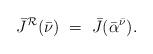
LaTeX: \begin{align*}\bar J^{\mathcal R}(\bar\nu) \ = \ \bar J(\bar\alpha^{\bar\nu}).\end{align*}